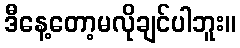
ဒီနေ့တော့မလိုချင်ပါဘူး။